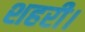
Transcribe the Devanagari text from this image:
शहरी।